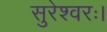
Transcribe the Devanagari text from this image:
सुरेश्वरः।